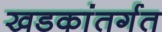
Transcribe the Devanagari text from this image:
खडकांतर्गत